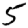
Digit: 5